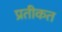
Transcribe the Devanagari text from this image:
प्रतीकत